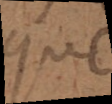
que